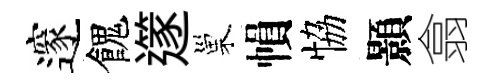
邃餽𨗹巢𢄙恊顥翕